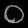
Digit: ၀